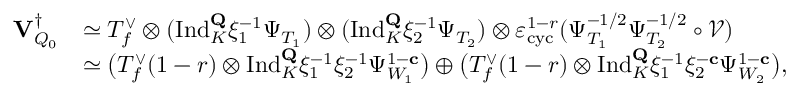
\begin{array} { r l } { { \mathbf { V } _ { Q _ { 0 } } ^ { \dagger } } } & { \simeq T _ { f } ^ { \vee } \otimes ( \mathrm { I n d } _ { K } ^ { \mathbf { Q } } \xi _ { 1 } ^ { - 1 } \Psi _ { T _ { 1 } } ) \otimes ( \mathrm { I n d } _ { K } ^ { \mathbf { Q } } \xi _ { 2 } ^ { - 1 } \Psi _ { T _ { 2 } } ) \otimes \varepsilon _ { \mathrm { c y c } } ^ { 1 - r } ( \Psi _ { T _ { 1 } } ^ { - 1 / 2 } \Psi _ { T _ { 2 } } ^ { - 1 / 2 } \circ \mathscr { V } ) } \\ & { \simeq \bigl ( T _ { f } ^ { \vee } ( 1 - r ) \otimes \mathrm { I n d } _ { K } ^ { \mathbf { Q } } \xi _ { 1 } ^ { - 1 } \xi _ { 2 } ^ { - 1 } \Psi _ { W _ { 1 } } ^ { 1 - \mathbf { c } } \bigr ) \oplus \bigl ( T _ { f } ^ { \vee } ( 1 - r ) \otimes \mathrm { I n d } _ { K } ^ { \mathbf { Q } } \xi _ { 1 } ^ { - 1 } \xi _ { 2 } ^ { - \mathbf { c } } \Psi _ { W _ { 2 } } ^ { 1 - \mathbf { c } } \bigr ) , } \end{array}